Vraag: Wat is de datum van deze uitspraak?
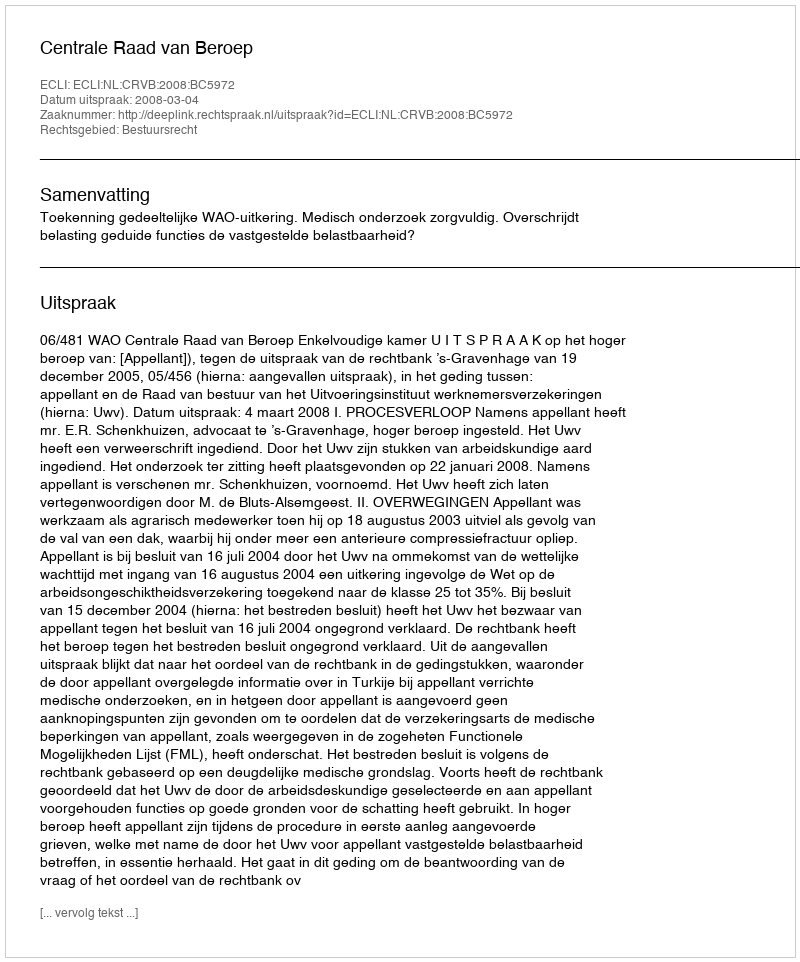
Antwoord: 2008-03-04